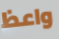
واعظ